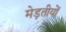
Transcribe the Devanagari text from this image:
मेड़तीयों